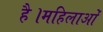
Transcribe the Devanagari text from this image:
है।महिलाओं